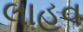
લાહવ